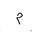
Letter: _mim